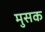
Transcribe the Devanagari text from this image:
मुसक